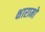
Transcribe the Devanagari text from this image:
क्षारामों